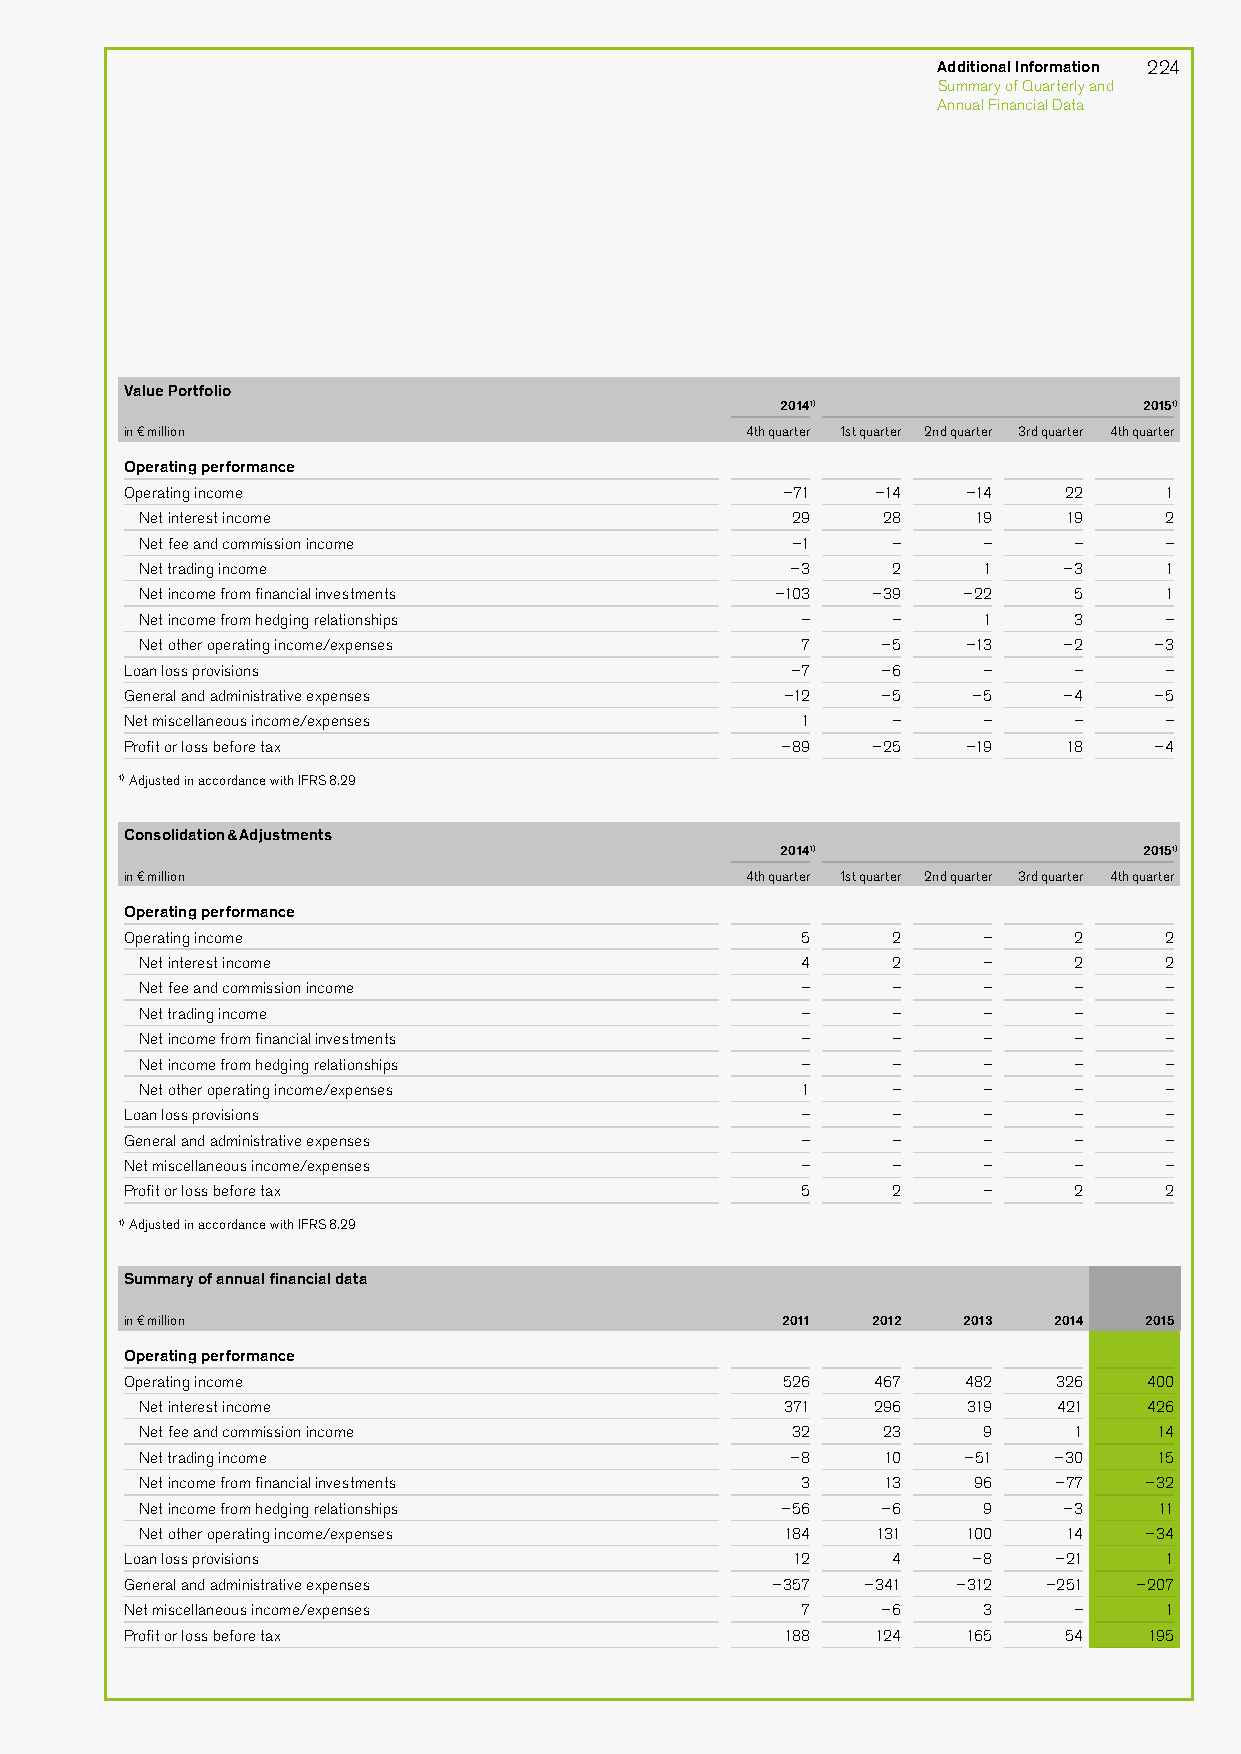
Additional Information 224
 Summary of Quarterly and
 Annual Financial Data
 Value Portfolio
 20141)                  20151)
 in € million                             4th quarter 1st quarter 2nd quarter 3rd quarter 4th quarter
 Operating performance
 Operating income                            –71   –14   –14   22     1
 Net interest income                        29    28    19     19    2
 Net fee and commission income              –1     –     –     –     –
 Net trading income                         –3     2     1    –3     1
 Net income from financial investments     –103   –39   –22    5     1
 Net income from hedging relationships       –     –     1     3     –
 Net other operating income/expenses         7    –5    –13   –2    –3
 Loan loss provisions                        –7    –6     –     –     –
 General and administrative expenses         –12   –5    –5    –4    –5
 Net miscellaneous income/expenses            1     –     –     –     –
 Profit or loss before tax                   –89   –25   –19    18   –4
 1) Adjusted in accordance with IFRS 8.29
 Consolidation & Adjustments
 20141)                  20151)
 in € million                             4th quarter 1st quarter 2nd quarter 3rd quarter 4th quarter
 Operating performance
 Operating income                             5     2     –     2     2
 Net interest income                         4     2     –     2     2
 Net fee and commission income               –     –     –     –     –
 Net trading income                          –     –     –     –     –
 Net income from financial investments       –     –     –     –     –
 Net income from hedging relationships       –     –     –     –     –
 Net other operating income/expenses         1     –     –     –     –
 Loan loss provisions                         –     –     –     –     –
 General and administrative expenses          –     –     –     –     –
 Net miscellaneous income/expenses            –     –     –     –     –
 Profit or loss before tax                    5     2     –     2     2
 1) Adjusted in accordance with IFRS 8.29
 Summary of annual financial data
 in € million                                2011  2012  2013  2014  2015
 Operating performance
 Operating income                            526   467   482   326   400
 Net interest income                        371   296   319   421   426
 Net fee and commission income              32    23     9     1     14
 Net trading income                         –8    10    –51   –30    15
 Net income from financial investments       3    13    96    –77   –32
 Net income from hedging relationships      –56   –6     9    –3     11
 Net other operating income/expenses        184   131   100    14   –34
 Loan loss provisions                        12     4    –8    –21    1
 General and administrative expenses        –357  –341  –312  –251  –207
 Net miscellaneous income/expenses            7    –6     3     –     1
 Profit or loss before tax                   188   124   165   54    195